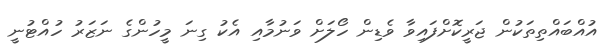
އުއްބައްތިތަކުން ޖަރީކޮށްފައިވާ ވެޑިން ހޯލަށް ވަނުމާއި އެކު ގިނަ މީހުންގެ ނަޒަރު ހުއްޓުނީ